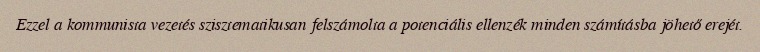
Ezzel a kommunista vezetés szisztematikusan felszámolta a potenciális ellenzék minden számításba jöhető erejét.